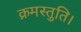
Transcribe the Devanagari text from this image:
क्रमस्तुति।